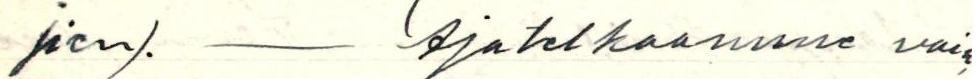
jien). - Ajatelkaamme vain,